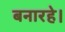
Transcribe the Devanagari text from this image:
बनारहे।